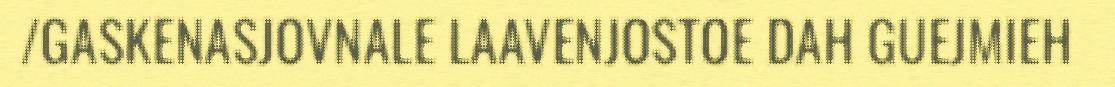
/GASKENASJOVNALE LAAVENJOSTOE DAH GUEJMIEH